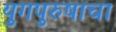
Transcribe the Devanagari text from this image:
युगपुरुषाचा